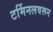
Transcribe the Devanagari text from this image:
टर्मिनलवरून